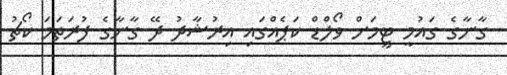
ގާނާގެ ގައުމީ ޓީމަށް ވޯލްޑް ކަޕެއްގައި އިރުޝާދު ދޭ ގާނާގެ ފުރަތަމަ ކޯޗު